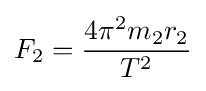
F_{2}={\frac {4\pi ^{2}m_{2}r_{2}}{T^{2}}}